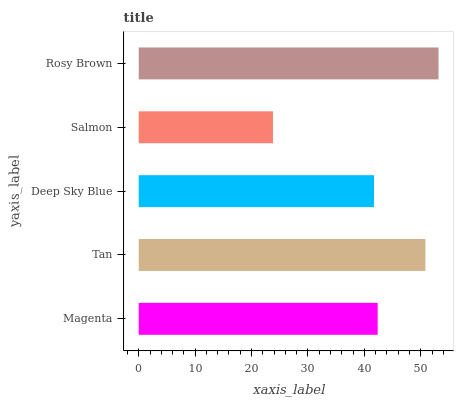
| yaxis_label | bars |
 | --- | --- |
 | Magenta | 42.4 |
 | Tan | 50.8 |
 | Deep Sky Blue | 41.7 |
 | Salmon | 23.8 |
 | Rosy Brown | 53.1 |